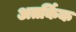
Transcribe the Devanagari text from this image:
अतर्किक